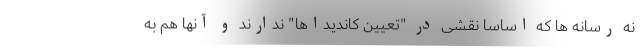
نه رسانه ها که اساساً نقشی در "تعیین کاندیداها" ندارند و آنها هم به